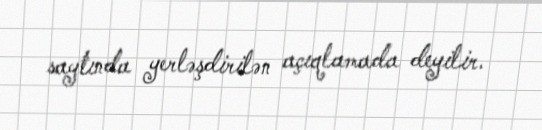
saytında yerləşdirilən açıqlamada deyilir.